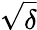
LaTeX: \sqrt{\delta}